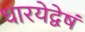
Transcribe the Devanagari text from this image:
धारयेद्वेषं